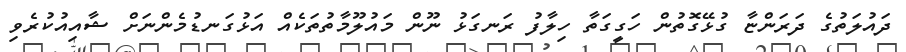
ދައުލަތުގެ ދަރަންޏާ ގުޅޭގޮތުން ހަގީގަތާ ހިލާފު ރަނގަޅު ނޫން މައުލޫމާތުތަކެއް އަޅުގަނޑުމެންނަށް ޝާއިއުކުރެވި